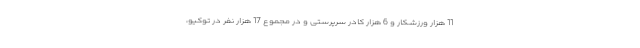
11 هزار ورزشکار و 6 هزار کادر سرپرستی و در مجموع 17 هزار نفر در توکیو،